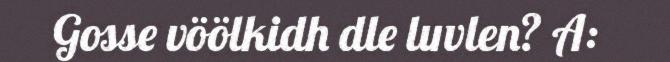
Gosse vöölkidh dle luvlen? A: